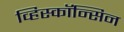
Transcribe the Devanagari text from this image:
व्हिस्कॉन्सिन